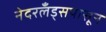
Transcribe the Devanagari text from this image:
नेदरलँड्सपासून